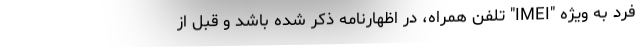
فرد به ویژه "IMEI" تلفن همراه، در اظهارنامه ذکر شده باشد و قبل از